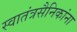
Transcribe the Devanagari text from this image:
स्वातंत्रसैनिकांना